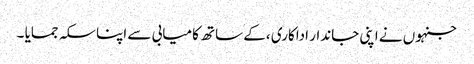
جنہوں نے اپنی جاندار اداکاری ،کے ساتھ کامیابی سے اپنا سکہ جمایا ۔